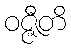
ဝဇ္ဇီတိ